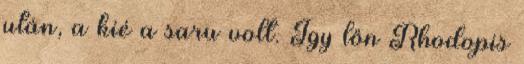
után, a kié a saru volt. Igy lőn Rhodopis